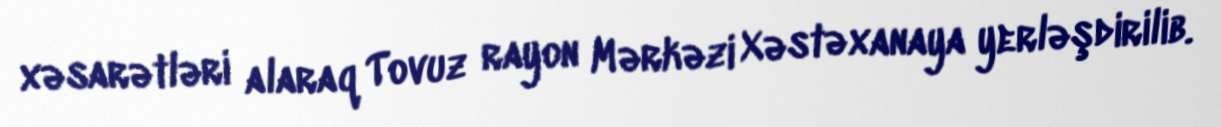
xəsarətləri alaraq Tovuz rayon Mərkəzi Xəstəxanaya yerləşdirilib.